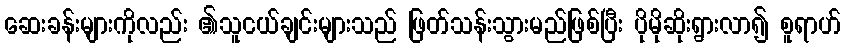
ဆေးခန်းများကိုလည်း ၏သူငယ်ချင်းများသည် ဖြတ်သန်းသွားမည်ဖြစ်ပြီး ပိုမိုဆိုးရွားလာ၍ စူရာဟ်